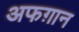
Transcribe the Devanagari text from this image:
अफग़ान